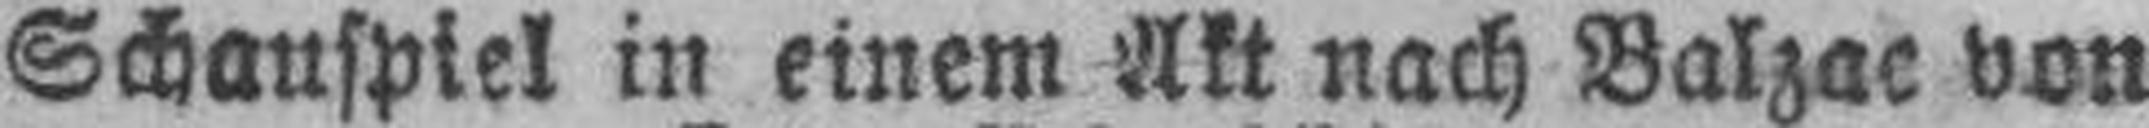
Schauspiel in einem Akt nach Balzac von